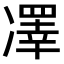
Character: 凙